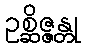
ဥစ္ဆိဇ္ဇန္တု